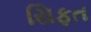
સિફત